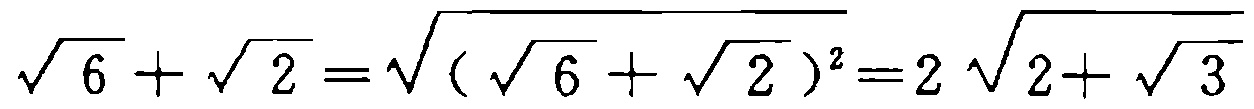
$\sqrt{6}+\sqrt{2}=\sqrt{(\sqrt{6}+\sqrt{2})^{2}} = 2\sqrt{2 + \sqrt{3}}$